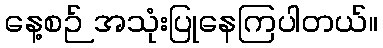
နေ့စဉ် အသုံးပြုနေကြပါတယ်။